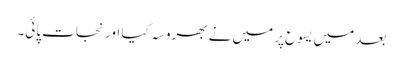
بعد میں یسوع پر میں نے بھروسہ کیا اور نجات پائی۔